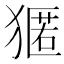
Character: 𭸢